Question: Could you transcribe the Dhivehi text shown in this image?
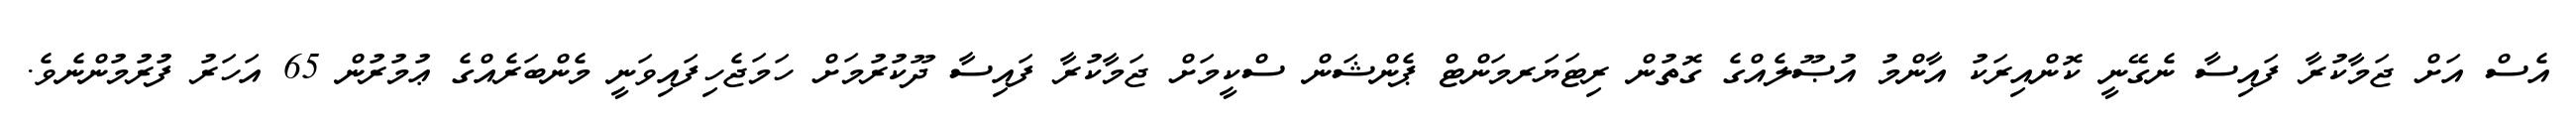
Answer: އެސް އަށް ޖަމާކުރާ ފައިސާ ނެގޭނީ ކޮންއިރަކު އާންމު އުޞޫލެއްގެ ގޮތުން ރިޓަޔަރމަންޓް ޕެންޝަން ސްކީމަށް ޖަމާކުރާ ފައިސާ ދޫކުރުމަށް ހަމަޖެހިފައިވަނީ މެންބަރެއްގެ ޢުމުރުން 65 އަހަރު ފުރުމުންނެވެ.